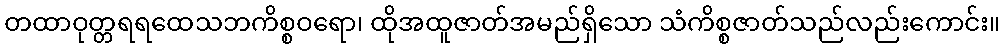
တထာဝုတ္တရရထေသဘကိစ္စဝရော၊ ထိုအထူဇာတ်အမည်ရှိသော သံကိစ္စဇာတ်သည်လည်းကောင်း။